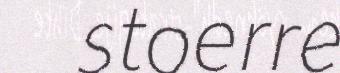
stoerre